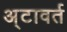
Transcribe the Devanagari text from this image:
अ्टावर्त